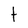
Character: t